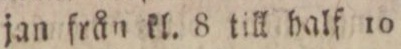
jan från kl. 8 till half 10